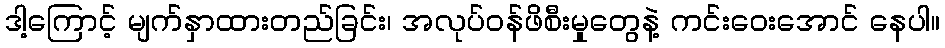
ဒါ့ကြောင့် မျက်နှာထားတည်ခြင်း၊ အလုပ်ဝန်ဖိစီးမှုတွေနဲ့ ကင်းဝေးအောင် နေပါ။